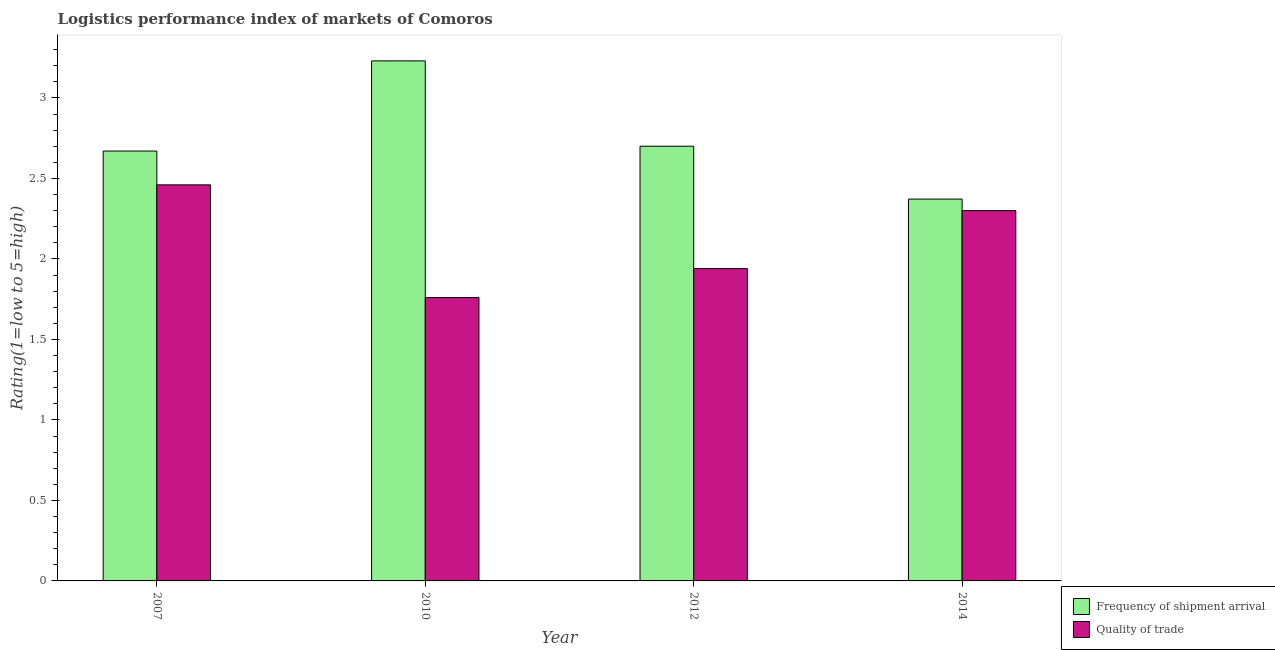
| Year | Frequency of shipment arrival | Quality of trade |
 | --- | --- | --- |
 | 2007 | 2.67 | 2.46 |
 | 2010 | 3.23 | 1.76 |
 | 2012 | 2.7 | 1.94 |
 | 2014 | 2.37 | 2.3 |